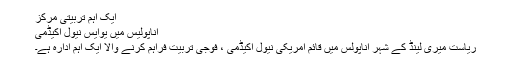
ایک اہم تربیتی مرکز
اناپولیس میں یوایس نیول اکیڈمی
ریاست میری لینڈ کے شہر اناپولس میں قائم امریکی نیول اکیڈمی ، فوجی تربیت فراہم کرنے والا ایک اہم ادارہ ہے۔